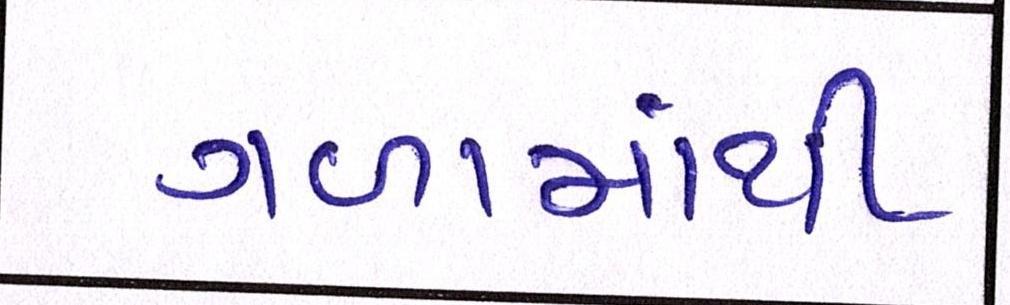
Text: ગળામાંથી